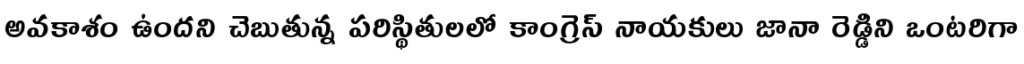
అవకాశం ఉందని చెబుతున్న పరిస్థితులలో కాంగ్రెస్ నాయకులు జానా రెడ్డిని ఒంటరిగా